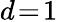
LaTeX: d\! =\! 1